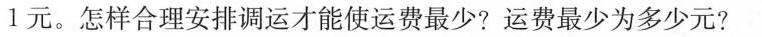
1元。怎样合理安排调运才能使运费最少?运费最少为多少元?